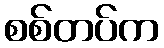
စစ်တပ်က